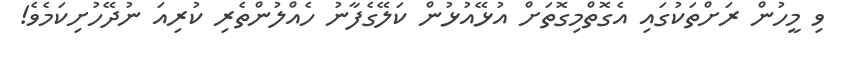
ވި މީހުން ރަށްތަކުގައި އެގޮތްމިގޮތަށް އުޅޭއުޅުން ކަލޭގެފާނު ހެއްލުންތެރި ކުރިއަ ނުދޭހުށިކަމެވެ!